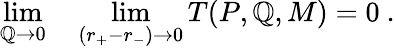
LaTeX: \operatorname*{lim}_{\mathbb{Q}\rightarrow0}\quad\operatorname*{lim}_{(r_{+}-r_{-})\rightarrow0}T(P,\mathbb{Q},M)=0\ .